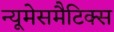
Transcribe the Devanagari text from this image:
न्यूमेसमैटिक्स